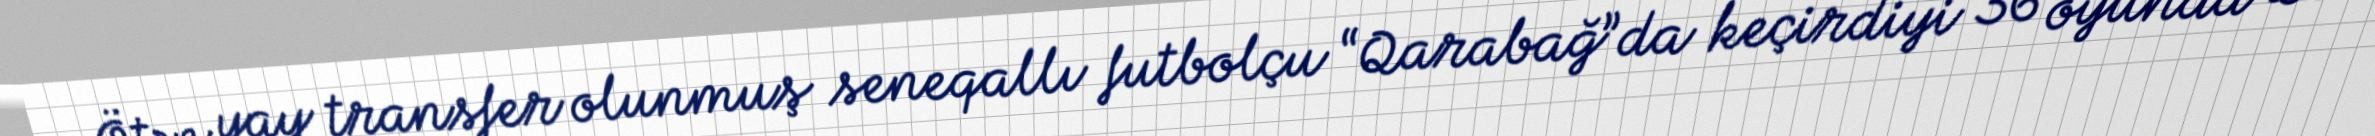
Ötən yay transfer olunmuş seneqallı futbolçu “Qarabağ”da keçirdiyi 36 oyunda 20